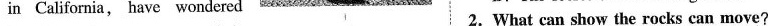
in California, have wondered 2.What can show the rocks can move?